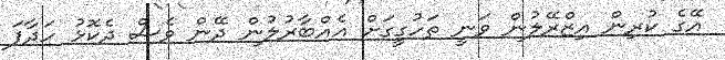
އޭގެ ކުރިން އިޒްރޭލުން ވަނީ ތަހުގީގަށް އެއްބާރުލުން ދޭން ވެސް ދެކޮޅު ހަދާފަ